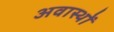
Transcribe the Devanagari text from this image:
अवास्थों